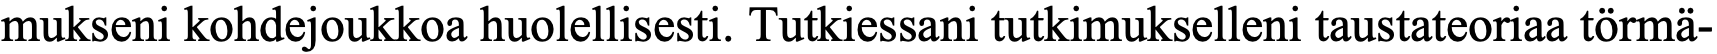
mukseni kohdejoukkoa huolellisesti. Tutkiessani tutkimukselleni taustateoriaa törmä-